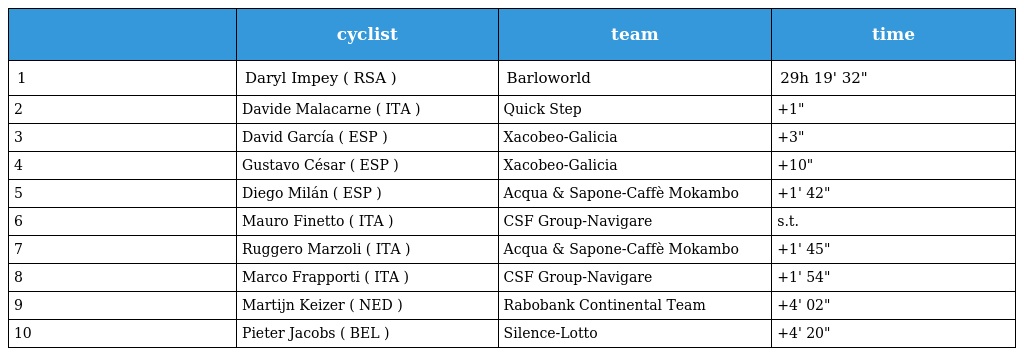
|  | cyclist | team | time |
 | --- | --- | --- | --- |
 | 1 | Daryl Impey ( RSA ) | Barloworld | 29h 19' 32" |
 | 2 | Davide Malacarne ( ITA ) | Quick Step | +1" |
 | 3 | David García ( ESP ) | Xacobeo-Galicia | +3" |
 | 4 | Gustavo César ( ESP ) | Xacobeo-Galicia | +10" |
 | 5 | Diego Milán ( ESP ) | Acqua & Sapone-Caffè Mokambo | +1' 42" |
 | 6 | Mauro Finetto ( ITA ) | CSF Group-Navigare | s.t. |
 | 7 | Ruggero Marzoli ( ITA ) | Acqua & Sapone-Caffè Mokambo | +1' 45" |
 | 8 | Marco Frapporti ( ITA ) | CSF Group-Navigare | +1' 54" |
 | 9 | Martijn Keizer ( NED ) | Rabobank Continental Team | +4' 02" |
 | 10 | Pieter Jacobs ( BEL ) | Silence-Lotto | +4' 20" |